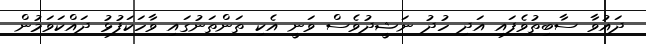
ދައުވާ ސާބިތުވެފައި އަދި ހުދު ނަޝީދުވެސް ވަނީ އެކި ތަންތަނުގައި ވާހަކަފުޅު ދައްކަވަމުން